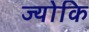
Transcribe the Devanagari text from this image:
ज्योकि